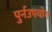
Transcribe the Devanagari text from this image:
पुर्नउपयोग